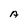
Character: A